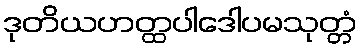
ဒုတိယဟတ္ထပါဒေါပမသုတ္တံ